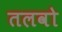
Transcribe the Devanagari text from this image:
तलवो